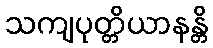
သကျပုတ္တိယာနန္တိ